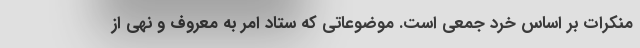
منکرات بر اساس خرد جمعی است. موضوعاتی که ستاد امر به معروف و نهی از